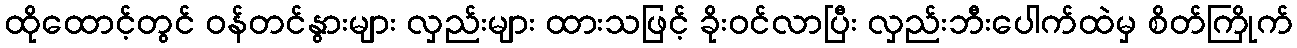
ထိုထောင့်တွင် ဝန်တင်နွားများ လှည်းများ ထားသဖြင့် ခိုးဝင်လာပြီး လှည်းဘီးပေါက်ထဲမှ စိတ်ကြိုက်